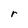
Character: r